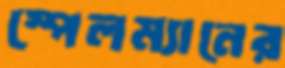
স্পেলম্যানের